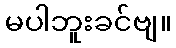
မပါဘူးခင်ဗျ။